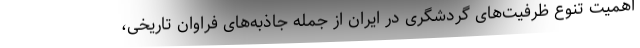
اهمیت تنوع ظرفیت‌های گردشگری در ایران از جمله جاذبه‌های فراوان تاریخی،